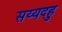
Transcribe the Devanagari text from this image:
सय्यदहु